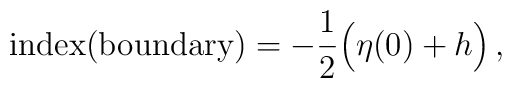
\mbox{index(boundary)}=-\frac{1}{2}\Big(\eta(0)+h\Big)\, ,